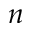
n